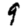
Digit: 9